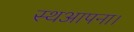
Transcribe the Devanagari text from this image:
स्थआपना।